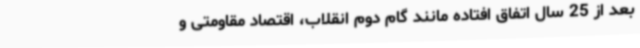
بعد از 25 سال اتفاق افتاده مانند گام دوم انقلاب، اقتصاد مقاومتی و